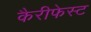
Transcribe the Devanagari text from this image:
कैरीफेस्ट